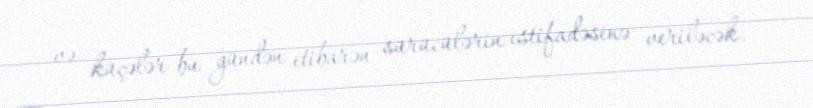
və küçələr bu gündən etibarən sürücülərin istifadəsinə veriləcək.